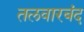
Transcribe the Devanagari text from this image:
तलवारबंद